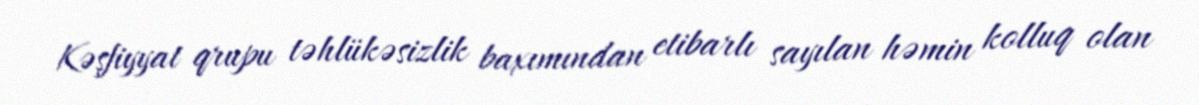
Kəşfiyyat qrupu təhlükəsizlik baxımından etibarlı sayılan həmin kolluq olan